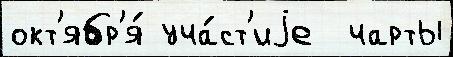
окт'ябр'я́ уча́ст'иjе  чарты